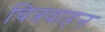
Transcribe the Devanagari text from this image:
चित्रवाहन